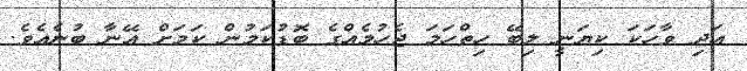
އަދި ވާހަކަ ކިޔަނީ ލިބޭ ހިތްހަމަ ޖެހުމެއްގެ ބޮޑުކަމުން ކަމަށް އޭނާ ބުނެއެވެ.